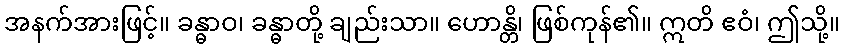
အနက်အားဖြင့်။ ခန္ဓာဝ၊ ခန္ဓာတို့ ချည်းသာ။ ဟောန္တိ၊ ဖြစ်ကုန်၏။ ဣတိ ဧဝံ၊ ဤသို့။